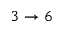
3 \to 6